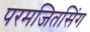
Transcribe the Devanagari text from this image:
परमजितसिंग